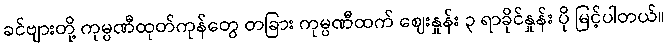
ခင်ဗျားတို့ ကုမ္ပဏီထုတ်ကုန်တွေ တခြား ကုမ္ပဏီထက် ဈေးနှုန်း ၃ ရာခိုင်နှုန်း ပို မြင့်ပါတယ်။